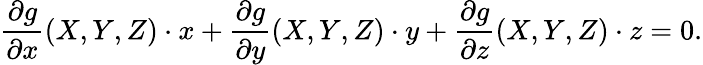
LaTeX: {\frac{\partial g}{\partial x}}(X,Y,Z)\cdot x+{\frac{\partial g}{\partial y}}(X,Y,Z)\cdot y+{\frac{\partial g}{\partial z}}(X,Y,Z)\cdot z=0.